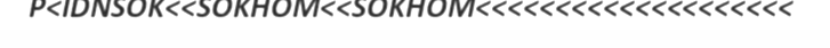
P<IDNSOK<<SOKHOM<<SOKHOM<<<<<<<<<<<<<<<<<<<<